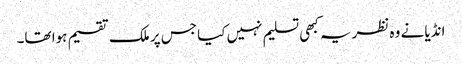
انڈیا نے وہ نظریہ کبھی تسلیم نہیں کیا جس پر ملک تقسیم ہوا تھا۔